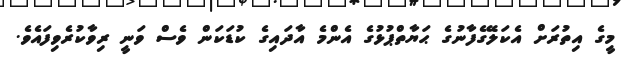
މީގެ އިތުރަށް އެކަލޭގެފާނުގެ ޙަޔާތްޕުޅުގެ އެންމެ އާދައިގެ ކުޑަކަން ވެސް ވަނީ ރިވާކުރެވިފައެވެ.